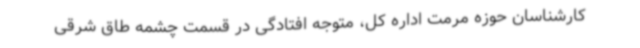
کارشناسان حوزه مرمت اداره کل، متوجه افتادگی در قسمت چشمه طاق شرقی